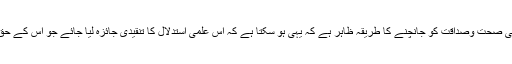
کسی بھی نقطۂ نظر کی صحت وصداقت کو جانچنے کا طریقہ ظاہر ہے کہ یہی ہو سکتا ہے کہ اس علمی استدلال کا تنقیدی جائزہ لیا جائے جو اس کے حق میں پیش کیا گیا ہے۔